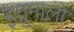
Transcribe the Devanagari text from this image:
इतुमालो